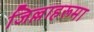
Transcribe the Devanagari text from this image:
जिल्लाहरूमा